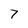
Character: 7